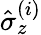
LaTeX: \hat{\sigma}_{z}^{(i)}